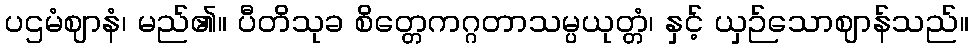
ပဌမံဈာနံ၊ မည်၏။ ပီတိသုခ စိတ္တေကဂ္ဂတာသမ္ပယုတ္တံ၊ နှင့် ယှဉ်သောဈာန်သည်။